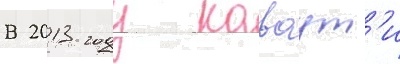
В 2013 году каваут'и